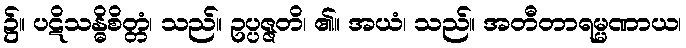
၌။ ပဋိသန္ဓိစိတ္တံ၊ သည်။ ဥပ္ပဇ္ဇတိ၊ ၏။ အယံ၊ သည်။ အတီတာရမ္မဏာယ၊